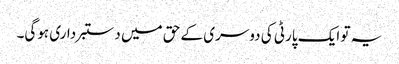
یہ تو ایک پارٹی کی دوسری کے حق میں دستبرداری ہوگی۔